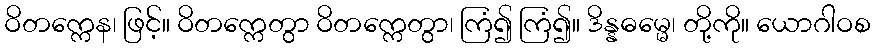
ဝိတက္ကေန၊ ဖြင့်။ ဝိတက္ကေတွာ ဝိတက္ကေတွာ၊ ကြံ၍ ကြံ၍။ ဒိန္နဓမ္မေ၊ တို့ကို။ ယောဂါဝစ